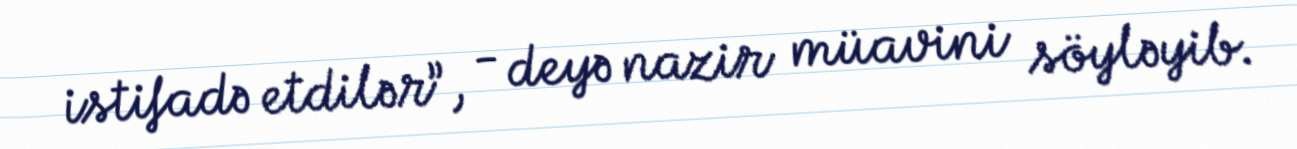
istifadə etdilər”, - deyə nazir müavini söyləyib.